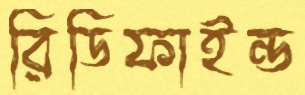
রিডিফাইন্ড